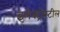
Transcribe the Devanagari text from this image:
इलेक्ट्रोस्टील